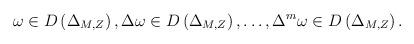
LaTeX: \begin{align*}\omega\in D\left(\Delta_{M,Z}\right), \Delta\omega\in D\left(\Delta_{M,Z}\right),\ldots,\Delta^m\omega\in D\left(\Delta_{M,Z}\right).\end{align*}